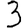
Digit: 3